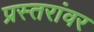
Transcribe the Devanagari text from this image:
प्रस्तरांवर